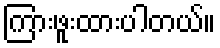
ကြားဖူးထားပါတယ်။